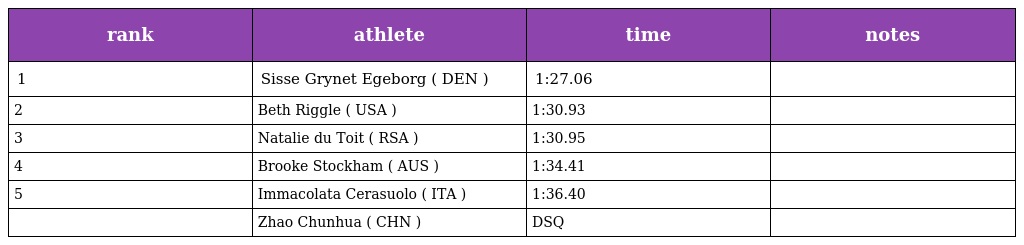
| rank | athlete | time | notes |
 | --- | --- | --- | --- |
 | 1 | Sisse Grynet Egeborg ( DEN ) | 1:27.06 |  |
 | 2 | Beth Riggle ( USA ) | 1:30.93 |  |
 | 3 | Natalie du Toit ( RSA ) | 1:30.95 |  |
 | 4 | Brooke Stockham ( AUS ) | 1:34.41 |  |
 | 5 | Immacolata Cerasuolo ( ITA ) | 1:36.40 |  |
 |  | Zhao Chunhua ( CHN ) | DSQ |  |